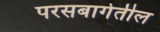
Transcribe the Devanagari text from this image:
परसबागेतील